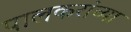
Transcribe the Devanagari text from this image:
पालकरांच्या